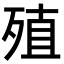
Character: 殖